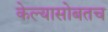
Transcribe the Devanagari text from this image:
केल्यासोबतच